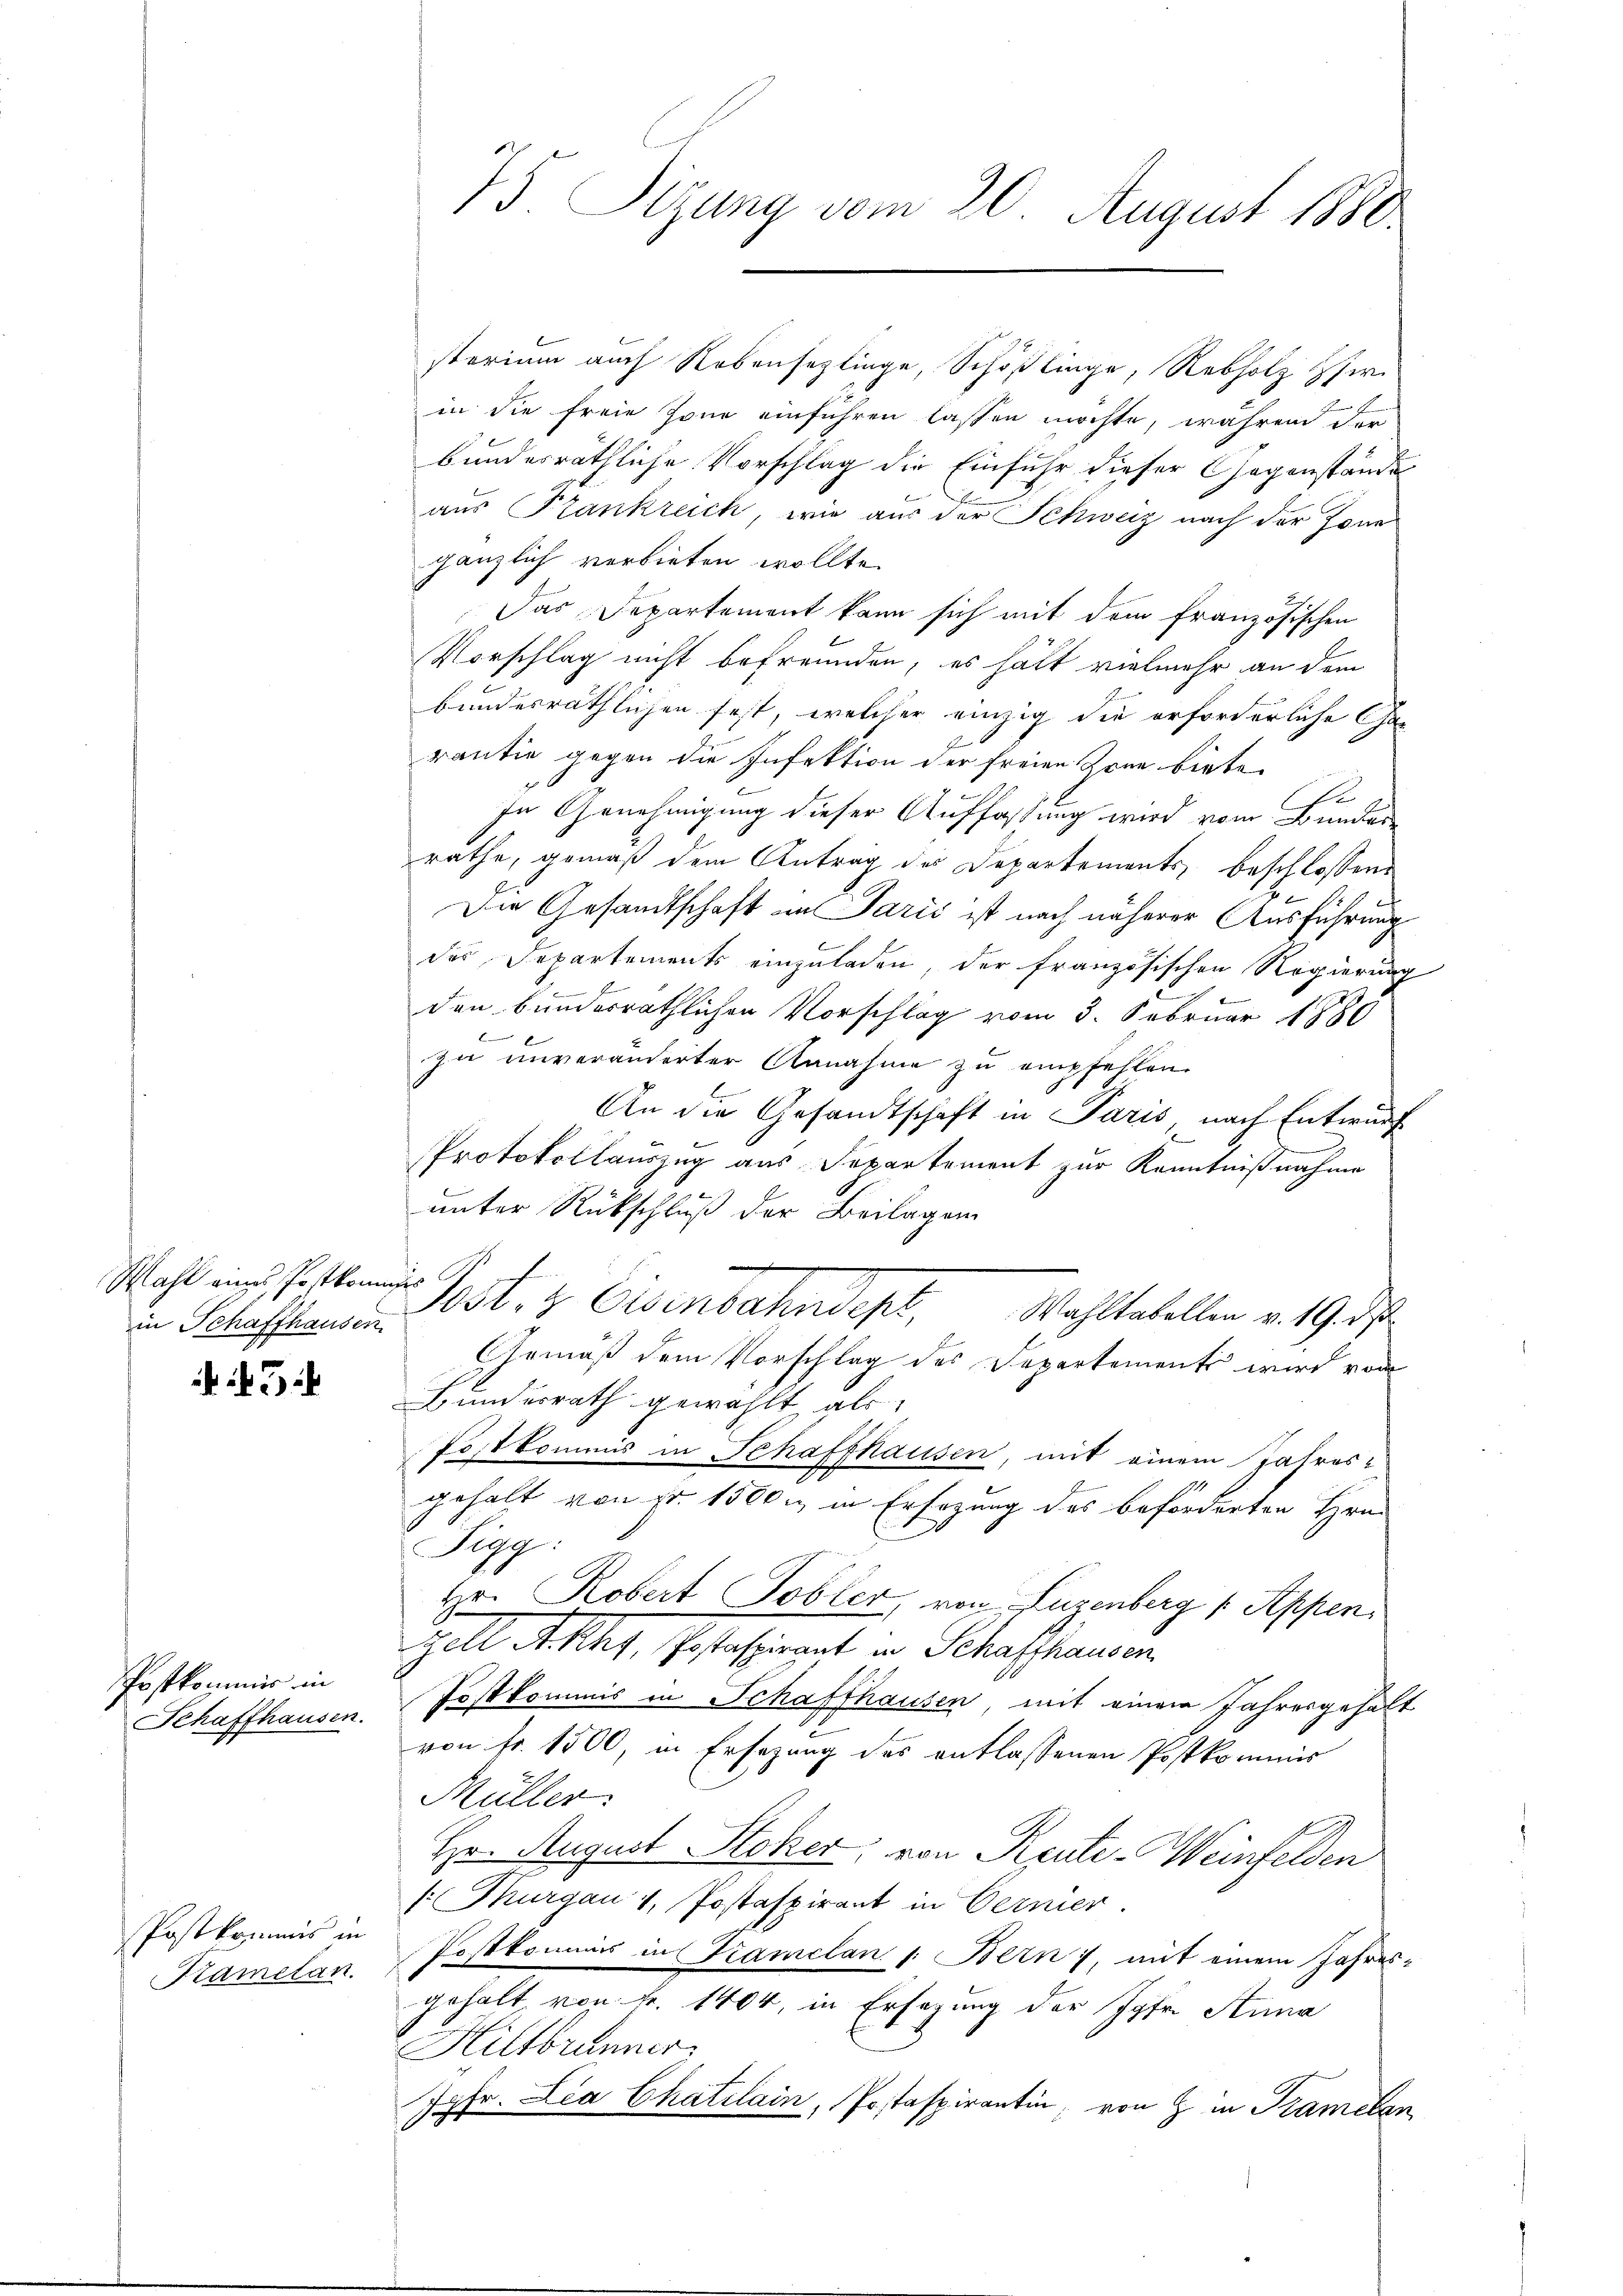
Wahl eines Postkommis
in Schaffhausen

5

Postkommis in

Postkommnis in

storium auch Nebensezlinge, Schößlinge, Rebholz si
in die freie Zone einführen lassen möchte, währen der
bundesräthliche Vorschlag die Einfuhr dieser Gegenstände
aus Frankreich, wie aus der Schweiz nach der Jone
gänzlich verbieten wollte.
Das Departement kann sich mit dem französischen
Vorschlag nicht befreunden, es hätt vielmehr an dem
bundesräthlichen fest, welcher einzig die erforderliche Gerantie gegen die Infektion der freien Zone biete.
d
In Genehmigung dieser Auffassung wird vom Bundes-
rathe, gemäß dem Antrag des Departements, beschlossene
Die Gesandtschaft in Paris ist nach näherer Ausführung
des Departements einzuladen, der französischen Regierung
den bunderräthlichen Vorschlag vom 3. Februar 1880
6
zu unveränderter Annahme zu empfehlen.
An die Gesandtschaft in Paris nach Entwurf
Protokollauszug aus Separtement zur Kenntnißnahme
unter Rückschluß der Beilagen
Post- & Eisenbahndept, Wahltatellen v. 19. ds.
Gemäß dem Vorschlag des Departements wird von
Bundesrath gewählt, als
Postkommis in Schaffhausen, mit einem Jahres-
gehalt von fr. 1500. in Ersezung des beförderten Hrn.
Figg:
kr. Robert Tobler, von Luzenberg (Appen,
zell A. Rht, Postaspirant in Schaffhausen
Schaffhausen. Postkommis in Schaffhausen, mit einem Jahresgehalt
von fr. 1500, in Ersezung des entlassenen Postkommis
Müller:
Hr. August Stoker, von Reute-Weinfelden
Thurgau v. Postaspirant in Vermer.
Kamelan. Postkommnis in Framelan /: Bern, mit einem Jahres-
gehalt, von Fr. 1404, in Ersezung der Jgfr. Anna
Hillbrunner
Feli
 Dia Chatelain Postaspirantin, von H. in Kramelan

75. Sitzung vom 20. August 1880